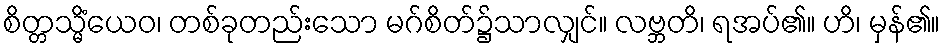
စိတ္တသ္မိံယေဝ၊ တစ်ခုတည်းသော မဂ်စိတ်၌သာလျှင်။ လဗ္ဘတိ၊ ရအပ်၏။ ဟိ၊ မှန်၏။